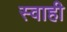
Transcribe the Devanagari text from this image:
स्वाही